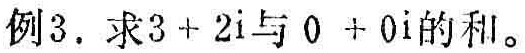
例3. 求\(3 + 2i\)与 \(0 + 0i\)的和。